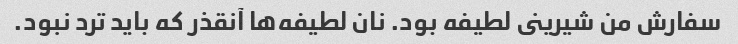
سفارش من شیرینى لطیفه بود. نان لطیفه‌ها آنقذر که باید ترد نبود.